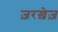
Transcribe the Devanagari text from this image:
ज़रख़ेज़